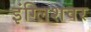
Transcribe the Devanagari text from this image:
इंग्लिशवर